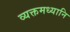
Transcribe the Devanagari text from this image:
व्यक्तमध्यानि